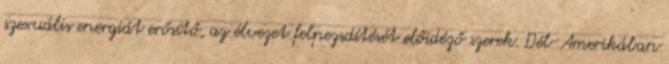
szexuális energiát erősítő, az élvezet felpezsdítését előidéző szerek. Dél-Amerikában